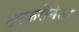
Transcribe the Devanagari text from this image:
टक्करीनंतर